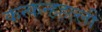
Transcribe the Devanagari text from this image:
कन्कन्हहल्ली